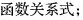
函数关系式；